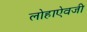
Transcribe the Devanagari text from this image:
लोहाऐवजी